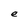
Character: e